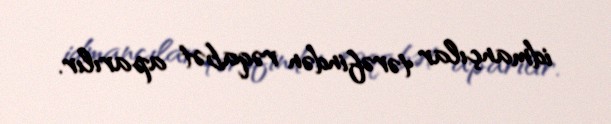
idmançılar tərəfindən rəqabət aparılır.